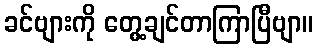
ခင်ဗျားကို တွေ့ချင်တာကြာပြီဗျာ။